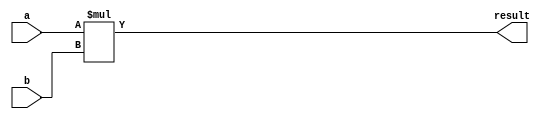
module multiplier (
    input wire [31:0] a,
    input wire [31:0] b,
    output reg [63:0] result
);

always @* begin
    result = a * b;
end

endmodule